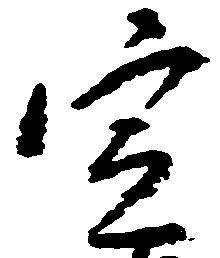
定